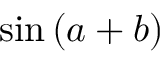
\sin \left( a + b \right)